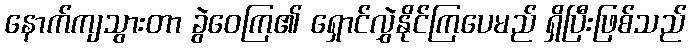
နောက်ကျသွားတာ ခွဲဝေကြ၏ ရှောင်လွှဲနိုင်ကြပေမည် ရှိပြီးဖြစ်သည်